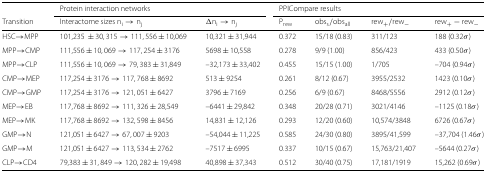
<table><thead><tr><td></td><td colspan="2"><b>Protein interaction networks</b></td><td colspan="4"><b>PPICompare results</b></td></tr><tr><td><b>Transition</b></td><td><b>Interactome sizes n<sub>i</sub>→n<sub>j</sub></b></td><td><b><i>Δ</i>n<sub>i</sub>→n<sub>j</sub></b></td><td><b>P<sub>rew</sub></b></td><td><b>obs<sub>s</sub>/obs<sub>all</sub></b></td><td><b>rew<sub>+</sub>/rew<sub>−</sub></b></td><td><b>rew<sub>+</sub>−rew<sub>−</sub></b></td></tr></thead><tbody><tr><td>HSC →MPP</td><td>101,235 ± 30,315→111,556 ± 10,069</td><td>10,321 ± 31,944</td><td>0.372</td><td>15/18 (0.83)</td><td>311/123</td><td>188 (0.32 <i>σ</i>)</td></tr><tr><td>MPP →CMP</td><td>111,556 ± 10,069→117,254 ± 3176</td><td>5698 ± 10,558</td><td>0.278</td><td>9/9 (1.00)</td><td>856/423</td><td>433 (0.50 <i>σ</i>)</td></tr><tr><td>MPP →CLP</td><td>111,556 ± 10,069→79,383 ± 31,849</td><td>–32,173 ± 33,402</td><td>0.455</td><td>15/15 (1.00)</td><td>1/705</td><td>–704 (0.94 <i>σ</i>)</td></tr><tr><td>CMP →MEP</td><td>117,254 ± 3176→117,768 ± 8692</td><td>513 ± 9254</td><td>0.261</td><td>8/12 (0.67)</td><td>3955/2532</td><td>1423 (0.10 <i>σ</i>)</td></tr><tr><td>CMP →GMP</td><td>117,254 ± 3176→121,051 ± 6427</td><td>3796 ± 7169</td><td>0.256</td><td>6/9 (0.67)</td><td>8468/5556</td><td>2912 (0.12 <i>σ</i>)</td></tr><tr><td>MEP →EB</td><td>117,768 ± 8692→111,326 ± 28,549</td><td>–6441 ± 29,842</td><td>0.348</td><td>20/28 (0.71)</td><td>3021/4146</td><td>–1125 (0.18 <i>σ</i>)</td></tr><tr><td>MEP →MK</td><td>117,768 ± 8692→132,598 ± 8456</td><td>14,831 ± 12,126</td><td>0.293</td><td>12/20 (0.60)</td><td>10,574/3848</td><td>6726 (0.67 <i>σ</i>)</td></tr><tr><td>GMP →N</td><td>121,051 ± 6427→67,007 ± 9203</td><td>–54,044 ± 11,225</td><td>0.585</td><td>24/30 (0.80)</td><td>3895/41,599</td><td>–37,704 (1.46 <i>σ</i>)</td></tr><tr><td>GMP →M</td><td>121,051 ± 6427→113,534 ± 2762</td><td>–7517 ± 6995</td><td>0.337</td><td>10/15 (0.67)</td><td>15,763/21,407</td><td>–5644 (0.27 <i>σ</i>)</td></tr><tr><td>CLP →CD4</td><td>79,383 ± 31,849→120,282 ± 19,498</td><td>40,898 ± 37,343</td><td>0.512</td><td>30/40 (0.75)</td><td>17,181/1919</td><td>15,262 (0.69 <i>σ</i>)</td></tr></tbody></table>